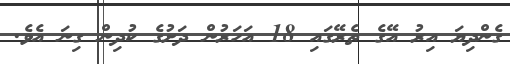
ގެންދިޔަ އިރު އޭގެ ތެރޭގައި 18 އަހަރުން ދަށުގެ ކުދިން ގިނަ އެވެ.